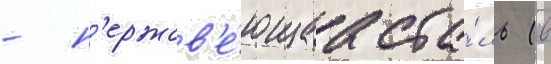
- н'ержав'е́ющаа ста́ль (в